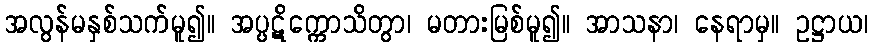
အလွန်မနှစ်သက်မူ၍။ အပ္ပဋိက္ကောသိတွာ၊ မတားမြစ်မူ၍။ အာသနာ၊ နေရာမှ။ ဥဋ္ဌာယ၊